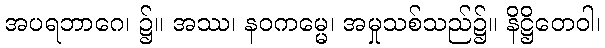
အပရဘာဂေ၊ ၌။ အဿ၊ နဝကမ္မေ၊ အမှုသစ်သည်၌။ နိဋ္ဌိတေဝါ၊